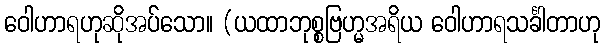
ဝေါဟာရဟုဆိုအပ်သော။ (ယထာဘုစ္စဗြဟ္မအရိယ ဝေါဟာရသင်္ခါတာဟု